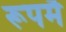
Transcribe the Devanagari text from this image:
रूपमै